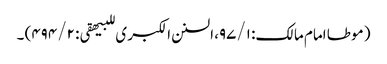
( موطا امام مالک: ۹۷/۱، السنن الکبر ی للبیھقی: ۴۹۴/۲) ۔